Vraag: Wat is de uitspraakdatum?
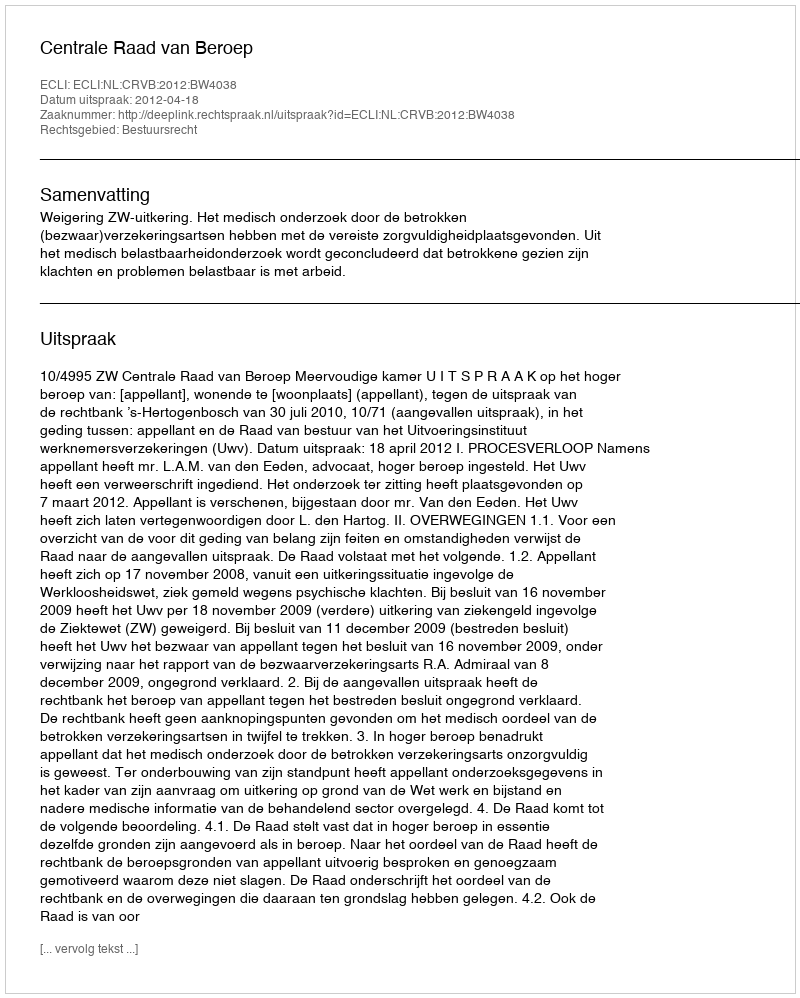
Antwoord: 2012-04-18